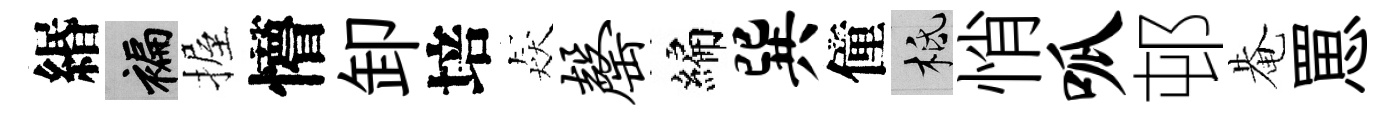
緡褊握懵卸培猋罄編巽僮柢悄呱邨𤲅罳